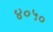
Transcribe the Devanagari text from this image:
४०५०